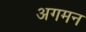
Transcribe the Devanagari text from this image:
अगमन